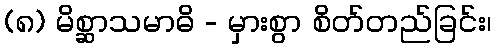
(၈) မိစ္ဆာသမာဓိ - မှားစွာ စိတ်တည်ခြင်း၊